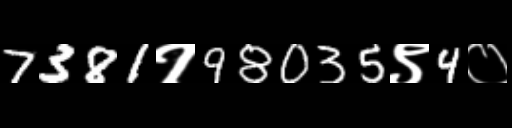
Text: 7381१98035९4०